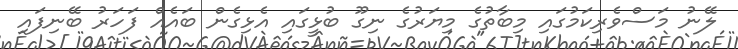
ލޭނު މަސްވެރިކަމުގައި މިބާތުގެ މިޔަރުގެ ނިގޫ ބުޅީގައި އެޅިގެން ބައެއް ފަހަރު ބޭނިފައި